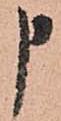
申